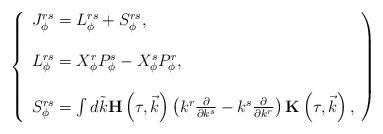
LaTeX: \begin{align*}\left\{\begin{array}{l}J_{\phi}^{rs}=L_{\phi}^{rs}+S_{\phi}^{rs}, \\\\L_{\phi}^{rs}=X_{\phi}^rP_{\phi}^s-X_{\phi}^sP_{\phi}^r,\\\\S_{\phi}^{rs}=\int d\tilde k{\bf H}\left( \tau ,\vec k\right) \left( k^r\frac \partial {\partial k^s}-k^s\frac\partial {\partial k^r}\right) {\bf K}\left( \tau ,\vec k\right) ,\end{array}\right)\end{align*}